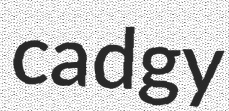
cadgy